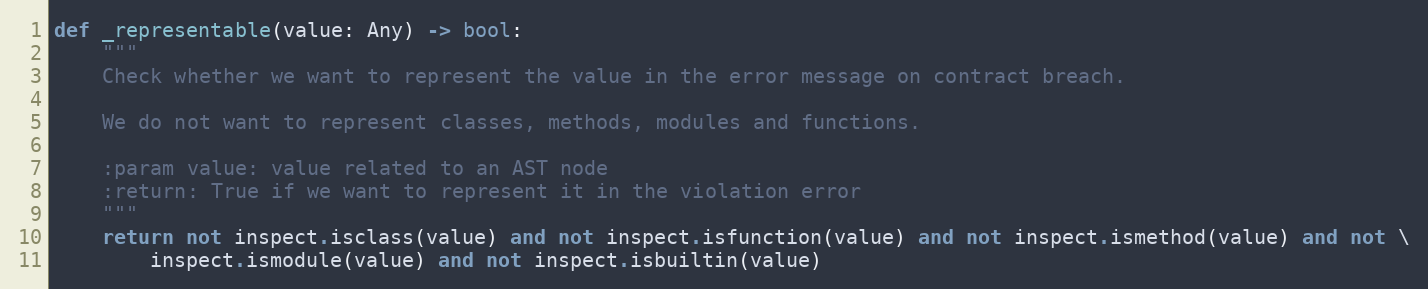
Language: Python
def _representable(value: Any) -> bool:
    """
    Check whether we want to represent the value in the error message on contract breach.

    We do not want to represent classes, methods, modules and functions.

    :param value: value related to an AST node
    :return: True if we want to represent it in the violation error
    """
    return not inspect.isclass(value) and not inspect.isfunction(value) and not inspect.ismethod(value) and not \
        inspect.ismodule(value) and not inspect.isbuiltin(value)